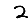
Digit: 2